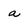
Character: a